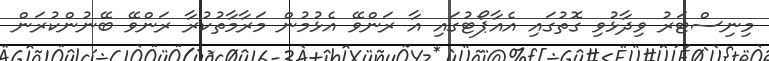
މިނިސްޓަރު ވިދާޅުވި ގޮތުގައި އެއާޕޯޓުގައި އާ ރަންވޭ އެޅުމުން މަރާމާތުކުރާ ރަންވޭ ބޭނުންކުރަން